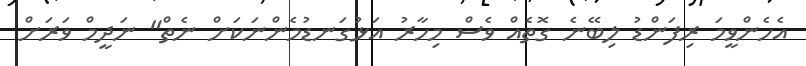
އެހެންވީމަ ރިފަންޑު ލިބޭނެ ގޮތެއް ވެސް މިހާރު އަޅުގަނޑުމެންނަކަށް ނެތް" ނަދީމް ވަރަށް